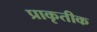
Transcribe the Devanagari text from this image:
प्राकृतीक